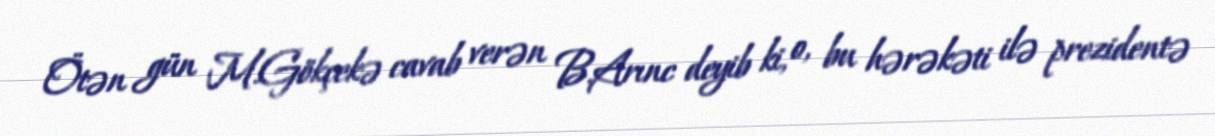
Ötən gün M.Gökçekə cavab verən B.Arınc deyib ki, o, bu hərəkəti ilə prezidentə